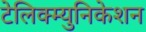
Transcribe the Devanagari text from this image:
टेलिक्म्युनिकेशन